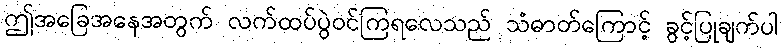
ဤအခြေအနေအတွက် လက်ထပ်ပွဲဝင်ကြရလေသည် သံဓာတ်ကြောင့် ခွင့်ပြုချက်ပါ